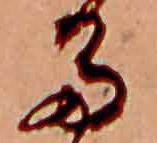
た